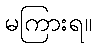
မကြားရ။